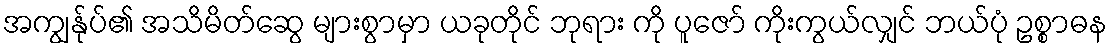
အကျွန်ုပ်၏ အသိမိတ်ဆွေ များစွာမှာ ယခုတိုင် ဘုရား ကို ပူဇော် ကိုးကွယ်လျှင် ဘယ်ပုံ ဥစ္စာဓန